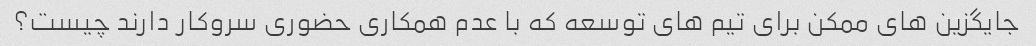
جایگزین های ممکن برای تیم های توسعه که با عدم همکاری حضوری سروکار دارند چیست؟